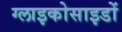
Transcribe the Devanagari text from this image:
ग्लाइकोसाइडों